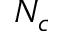
N _ { c }